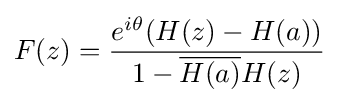
F(z)={\frac {e^{i\theta }(H(z)-H(a))}{1-{\overline {H(a)}}H(z)}}